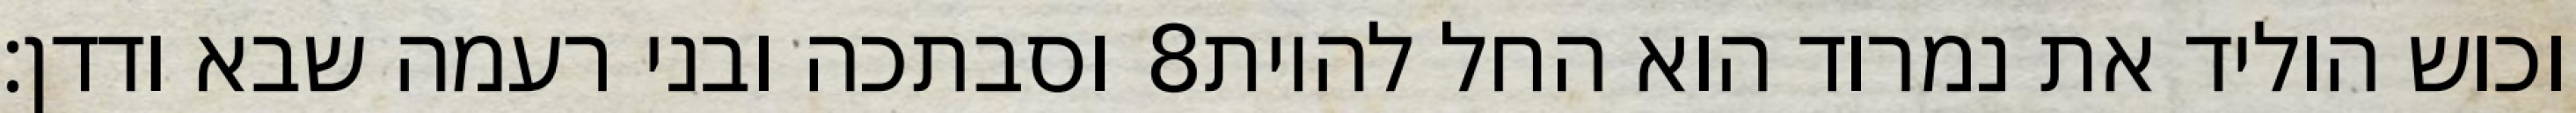
וסבתכה ובני רעמה שבא ודדן׃ ‎8‏ וכוש הוליד את נמרוד הוא החל להיות